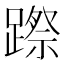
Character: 𨄊